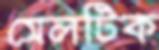
সেলটিক